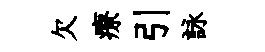
欠療引詠